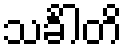
သင်္ခါတိ